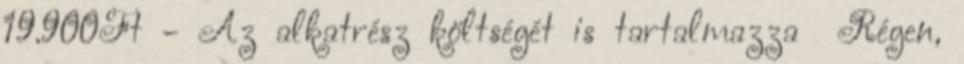
19.900Ft - Az alkatrész költségét is tartalmazza Régen,